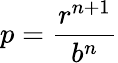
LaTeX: p=\frac{r^{n+1}}{b^{n}}